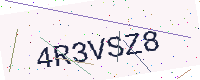
Text: 4R3VSZ8